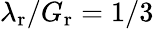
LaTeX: \lambda_{\textrm{r}}/G_{\textrm{r}}=1/3